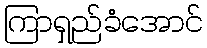
ကြာရှည်ခံအောင်